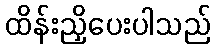
ထိန်းညှိပေးပါသည်